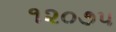
૧૨૦૭૫